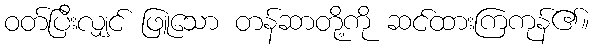
ဝတ်ပြီးလျှင် ဖြူသော တန်ဆာတို့ကို ဆင်ထားကြကုန်၏။